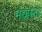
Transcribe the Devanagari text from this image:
मद्यपता